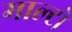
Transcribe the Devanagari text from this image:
माल्टो